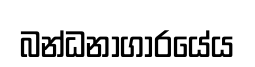
බන්ධනාගාරයේය